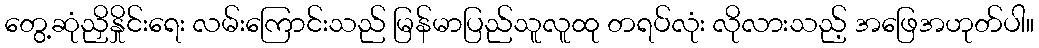
တွေ့ဆုံညှိနှိုင်းရေး လမ်းကြောင်းသည် မြန်မာပြည်သူလူထု တရပ်လုံး လိုလားသည့် အဖြေအဟုတ်ပါ။